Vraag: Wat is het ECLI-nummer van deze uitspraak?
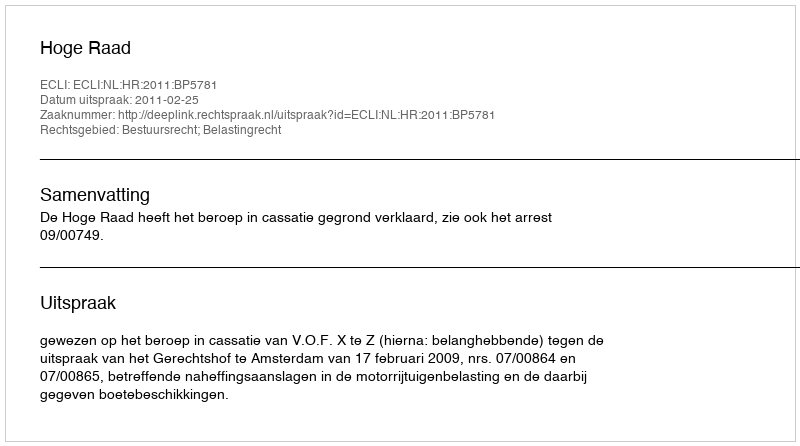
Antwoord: ECLI:NL:HR:2011:BP5781